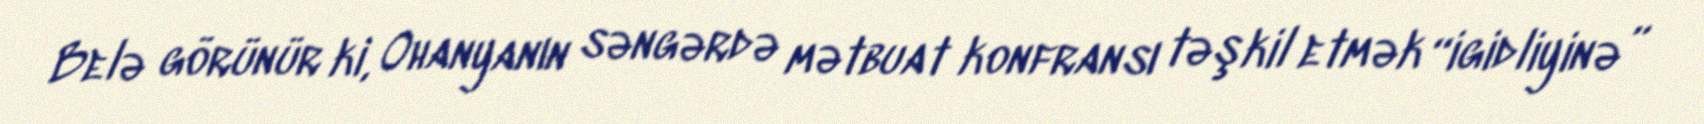
Belə görünür ki, Ohanyanın səngərdə mətbuat konfransı təşkil etmək “igidliyinə”